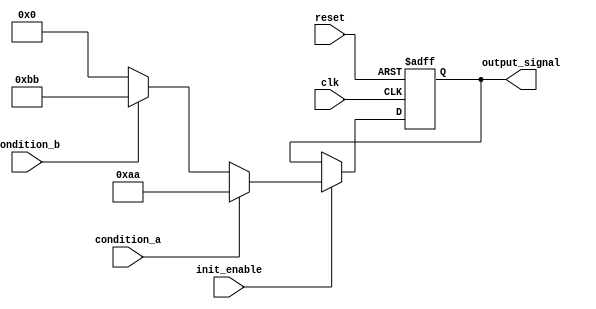
module ConditionalInitialization (
    input wire clk,               // Clock signal
    input wire reset,             // Reset signal
    input wire init_enable,       // Control signal for initialization
    input wire condition_a,       // Condition signal A
    input wire condition_b,       // Condition signal B
    output reg [7:0] output_signal // Initialized output signal
);

    // Define initial states for output_signal
    localparam INIT_VALUE_A = 8'hAA; // Value if condition_a is true
    localparam INIT_VALUE_B = 8'hBB; // Value if condition_b is true
    localparam INIT_VALUE_DEFAULT = 8'h00; // Default initialization value

    always @(posedge clk or posedge reset) begin
        if (reset) begin
            // On reset, set output_signal to a known state
            output_signal <= 8'h00; // Clear or reset state
        end else if (init_enable) begin
            // Conditional initialization logic
            if (condition_a) begin
                output_signal <= INIT_VALUE_A; // Initialize with value A
            end else if (condition_b) begin
                output_signal <= INIT_VALUE_B; // Initialize with value B
            end else begin
                output_signal <= INIT_VALUE_DEFAULT; // Default initialization
            end
        end
    end

endmodule